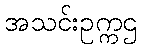
အသင်းဥက္ကဌ